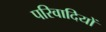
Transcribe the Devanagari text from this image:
परिवादियों